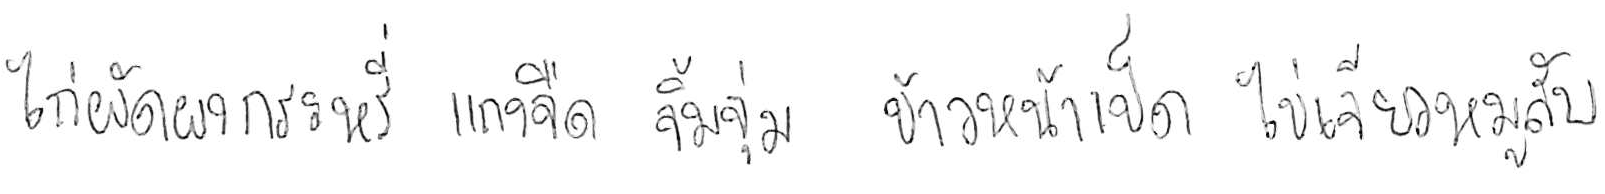
ไก่ผัดผงกะหรี่ แกงจืด จิ้มจุ่ม ข้าวหน้าเป็ด ไข่เจียวหมูสับ